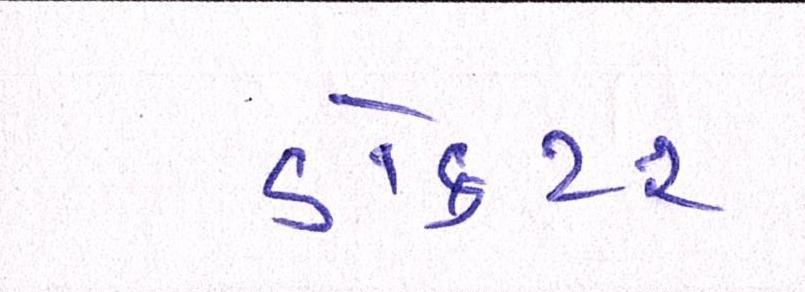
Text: ડૉક્ટર